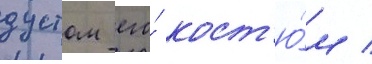
дустом его́ кост'ю́м /